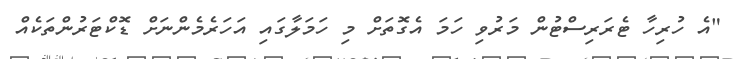
"އެ ހުރިހާ ޓެރަރިސްޓުން މަރުވި ހަމަ އެގޮތަށް މި ހަމަލާގައި އަހަރެމެންނަށް ޑޮކްޓަރުންތަކެއް